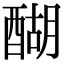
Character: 醐